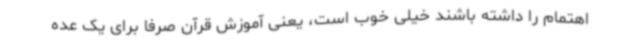
اهتمام را داشته باشند خیلی خوب است، یعنی آموزش قرآن صرفا برای یک عده